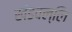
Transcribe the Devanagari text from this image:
खंडवल्लि